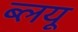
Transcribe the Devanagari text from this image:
ब्लयू